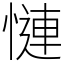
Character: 慩